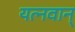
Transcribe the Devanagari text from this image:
यत्नवान्